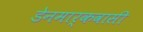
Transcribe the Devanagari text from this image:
डेनमार्कवासी